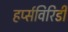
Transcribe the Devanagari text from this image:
हर्प्सविरिडी